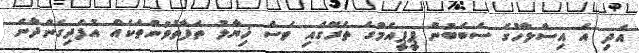
އަދި އެ އިސްލާހުގެ ސަބަބުން ޕީޕީއެމްގެ ތެރޭގައި ވެސް ޚިޔާލު ތަފާތުވުންތަކެއް އުފެދިގެންދާނެ